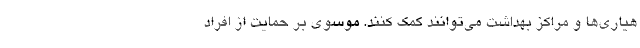
هیاری‌ها و مراکز بهداشت می‌توانند کمک کنند. موسوی بر حمایت از افراد